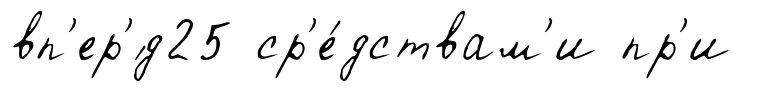
вп'ер'́д25 ср'е́дствам'и пр'и